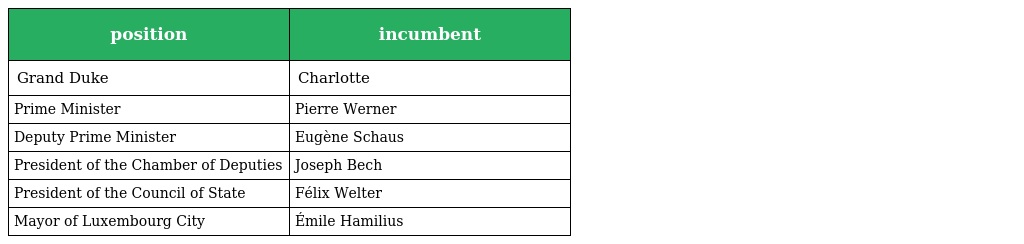
| position | incumbent |
 | --- | --- |
 | Grand Duke | Charlotte |
 | Prime Minister | Pierre Werner |
 | Deputy Prime Minister | Eugène Schaus |
 | President of the Chamber of Deputies | Joseph Bech |
 | President of the Council of State | Félix Welter |
 | Mayor of Luxembourg City | Émile Hamilius |